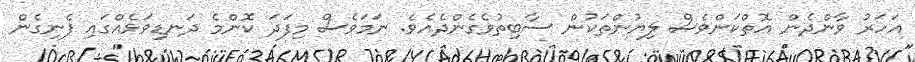
އަހަރު ވާންދެން އޮތްކަންވެސް ލިޔުންތަކުން ސާބިތުވެގެންދެއެވެ. ނަމަވެސް މިފަދަ ކޮންމެ ދަނޑިވަޅެއްގައި ފެނިގެން